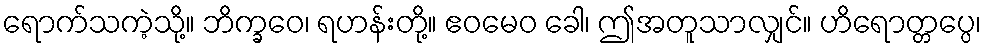
ရောက်သကဲ့သို့။ ဘိက္ခဝေ၊ ရဟန်းတို့။ ဧဝမေဝ ခေါ၊ ဤအတူသာလျှင်။ ဟိရောတ္တပ္ပေ၊